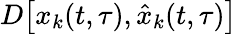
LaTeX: D\big[x_{k}(t,\tau),\hat{x}_{k}(t,\tau)\big]